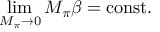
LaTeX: \operatorname * { l i m } _ { M _ { \pi } \rightarrow 0 } M _ { \pi } \beta = \mathrm { c o n s t . }